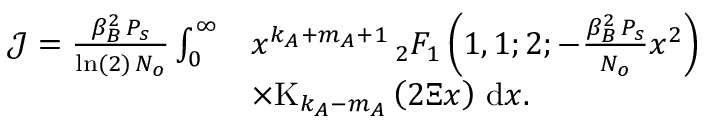
\begin{array} { r l } { \mathcal { J } = \frac { \beta _ { B } ^ { 2 } \, P _ { s } } { \ln ( 2 ) \, N _ { o } } \int _ { 0 } ^ { \infty } } & { x ^ { k _ { A } + m _ { A } + 1 } \, _ { 2 } F _ { 1 } \left( 1 , 1 ; 2 ; - \frac { \beta _ { B } ^ { 2 } \, P _ { s } } { N _ { o } } x ^ { 2 } \right) } \\ & { \times \mathrm { K } _ { k _ { A } - m _ { A } } \left( 2 \Xi x \right) \, \mathrm { d } x . } \end{array}